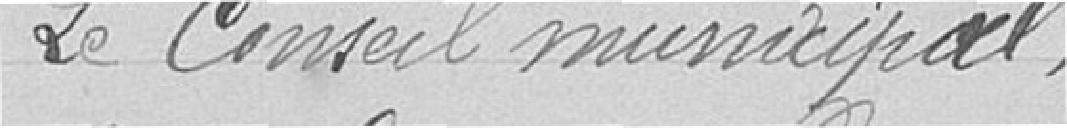
Le conseil municipal